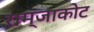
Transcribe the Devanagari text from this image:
राम्जाकोट